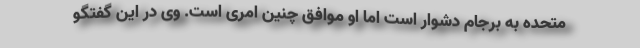
متحده به برجام دشوار است اما او موافق چنین امری است. وی در این گفتگو